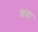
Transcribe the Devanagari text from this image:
झडा